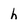
Character: h